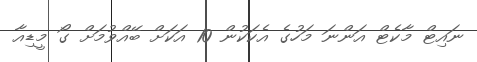
ނައިޓް މާކެޓް އަންނަ މަހުގެ އެކަކުން 10 އަކަށް ބޭއްވުމަށް ގޯ މީޑިއާ